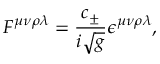
F ^ { \mu \nu \rho \lambda } = \frac { c _ { \pm } } { i \sqrt { g } } \epsilon ^ { \mu \nu \rho \lambda } ,